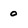
Character: 0